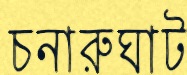
চনারুঘাট